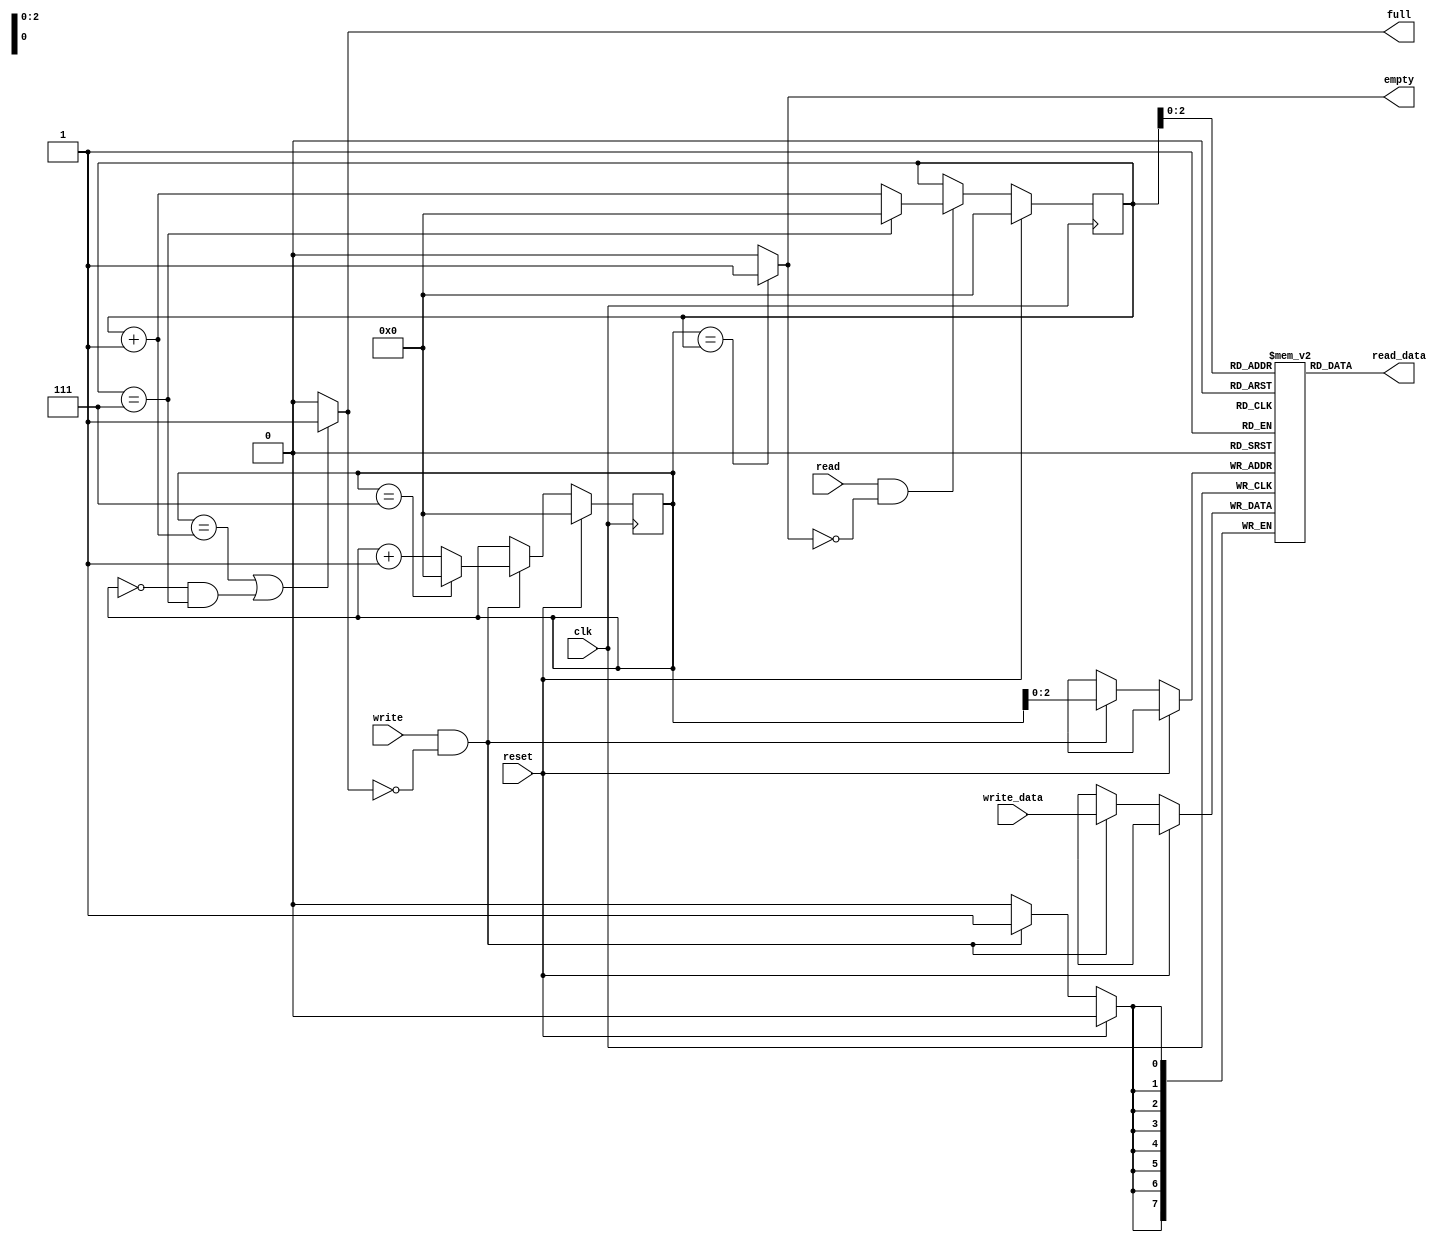
module FIFO #(
    parameter DEPTH = 8,
    parameter WIDTH = 8
) (
    input wire clk,
    input wire reset,
    input wire write,
    input wire read,
    input wire [WIDTH-1:0] write_data,
    output wire full,
    output wire empty,
    output wire [WIDTH-1:0] read_data
);

reg [WIDTH-1:0] memory[DEPTH-1:0];
reg [5:0] read_ptr;
reg [5:0] write_ptr;

assign empty = (write_ptr == read_ptr) ? 1'b1 : 1'b0;
assign full = (write_ptr == read_ptr + 1'b1 || 
    (write_ptr == 6'd0 && read_ptr == (DEPTH - 1'b1))) ? 1'b1 : 1'b0;
assign read_data = memory[read_ptr];

always @(posedge clk) begin
    if(reset == 1'b1) begin
        read_ptr <= 6'd0;
        write_ptr <= 6'd0;
    end else begin
        if (write && full == 1'b0) begin
            memory[write_ptr] <= write_data;
            write_ptr <= (write_ptr == DEPTH-1) ? 6'd0 : write_ptr + 1'b1;
        end
        if (read && empty == 1'b0) begin
            //read_data <= memory[read_ptr];
            read_ptr <= (read_ptr == DEPTH-1) ? 'd0 : read_ptr + 1'b1;
        end
    end
end
    
endmodule